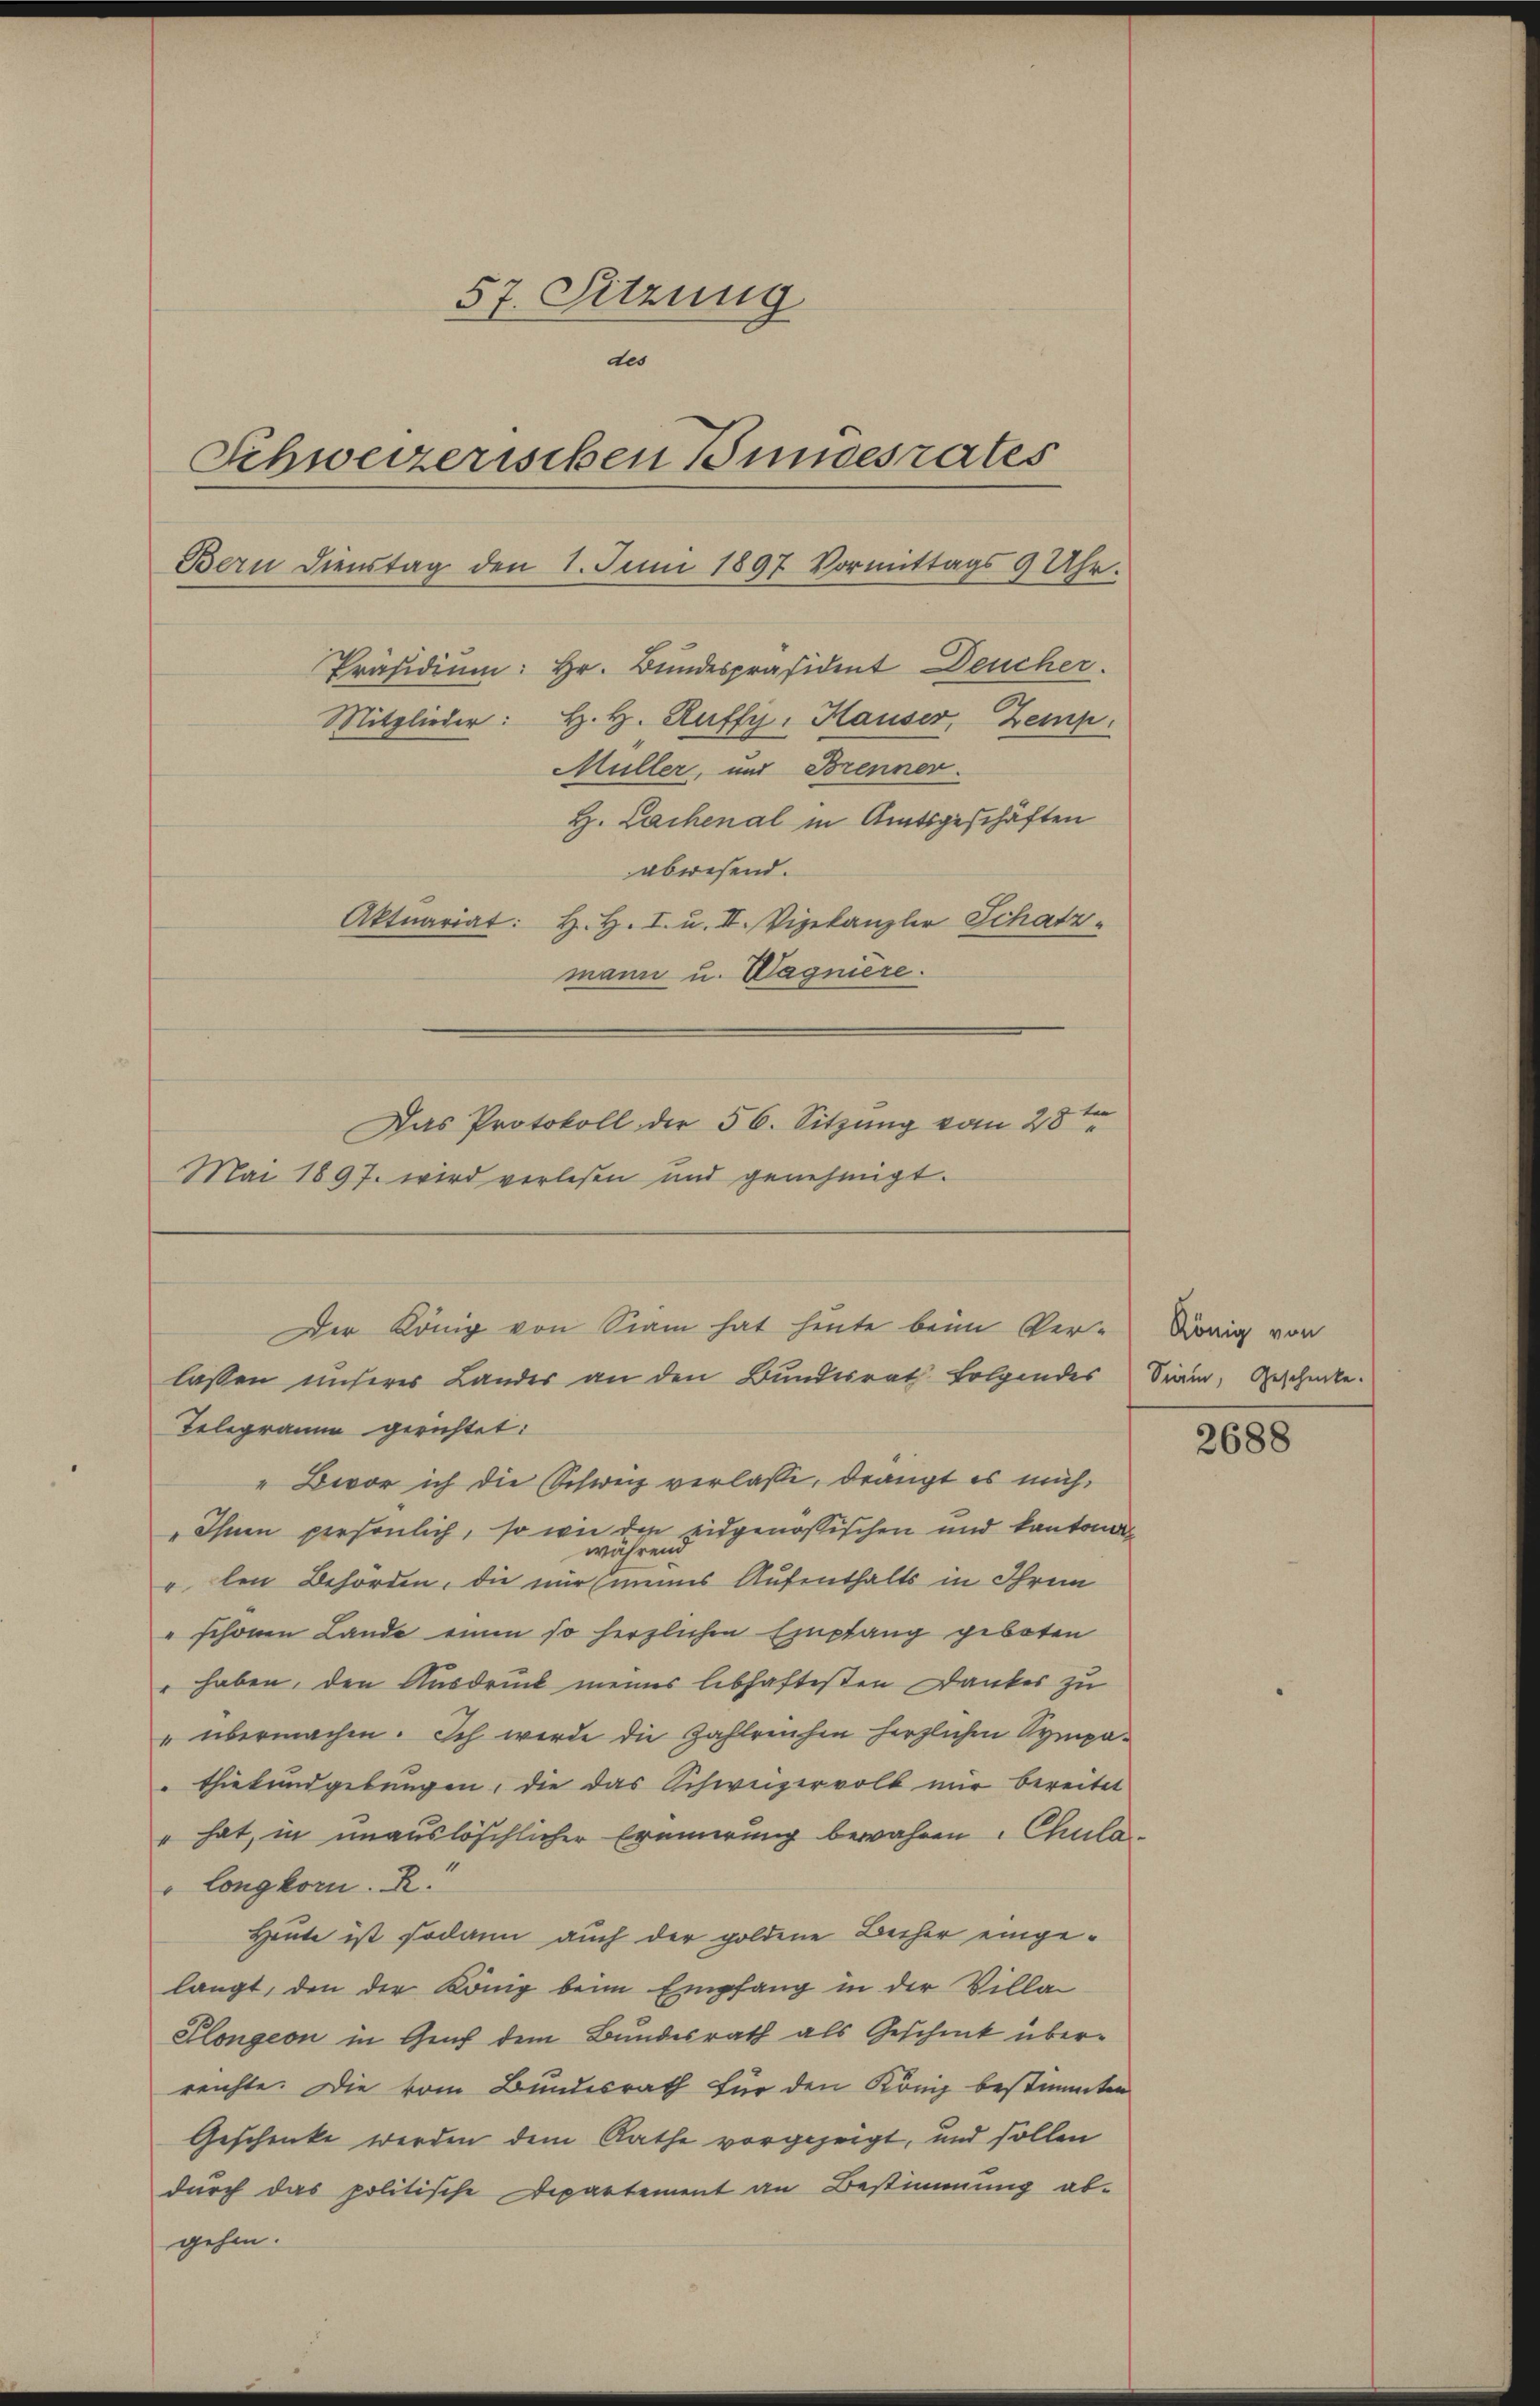
57. Sitzung
des
Schweizerischen Bundesrates
Bern Dienstag den 1. Juni 1897 Vormittags 9 Uhr.
Mitglieder: H. H. Raffiz. Hauser, Zeinp
Müller, und Brenner.
H. Lachenal in Amtsgeschäften
abwesend.
Aktuariat: H. H. I. u. II. Vizekanzler Schatzmann u. Wagniere.
ten
Das Protokoll der 56. Sitzung vom 28.
Mai 1897. wird verlesen und genehmigt.

Präsidium: Hr. Bundespräsident Deucher.

Telegramm gerichtet:
" Bevor ich die Schweiz verlasse, drängt es mich¬
"Ihnen persönlich, so wie die eidgenössischen und kantona
während
" len Behörden, die nur meines Aufenthalts in Ihrem
" schönen Lande einen so herzlichen Empfang geboten
" haben, den Ausdruck meines lebhaftesten Dankes zu
"übermachen. Ich werde die Zahlreichen herzlichen Sympathiekundgebungen, die das Schweizervolk mir bereitet
" hat, in unauslöschlicher Erinnerung bewahren Chula¬
" Longkom. R.
Heute ist sodann auch der goldene Becher eingelangt, den der König beim Empfang in der Villa
Plongion in Genf dem Bundesrath als Geschick überreichte. Die vom Bundesrath für den König bestimmten
Geschenke werden dem Rathe vorgezeigt, und sollen
durch das politische Departement an Bestimmung ab-
gehen.

Der König von Siam hat heute beim Verlassen unseres Landes an den Bundesrath folgendes Sinn, Geschicke.

König von

2688